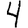
Digit: 4